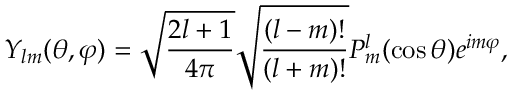
Y _ { l m } ( \theta , \varphi ) = \sqrt { \frac { 2 l + 1 } { 4 \pi } } \sqrt { \frac { ( l - m ) ! } { ( l + m ) ! } } P _ { m } ^ { l } ( \cos \theta ) e ^ { i m \varphi } ,